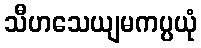
သီဟသေယျမကပ္ပယုံ